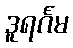
ဒူရင်္ဂမ